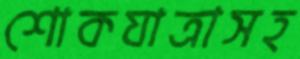
শোকযাত্রাসহ